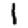
Digit: 1